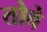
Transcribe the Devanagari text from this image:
तोवे